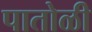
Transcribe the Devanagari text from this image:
पातोळी